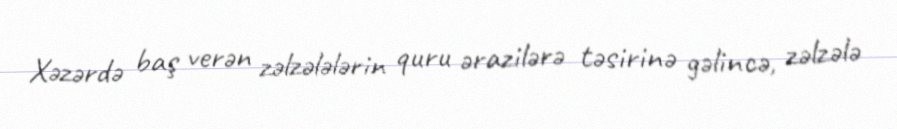
Xəzərdə baş verən zəlzələlərin quru ərazilərə təsirinə gəlincə, zəlzələ